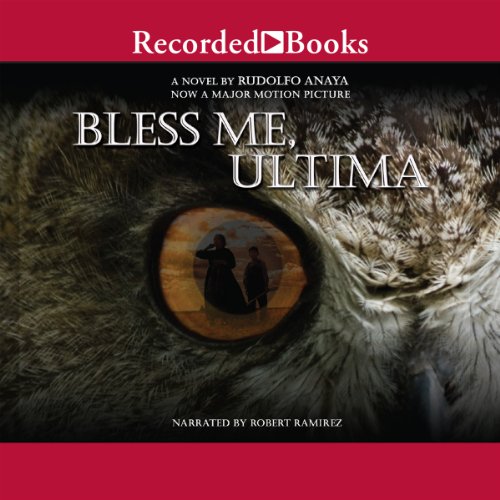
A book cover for Bless Me, Ultima; Rudolfo Anaya; Literature & Fiction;